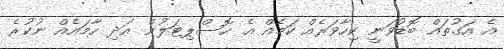
އެ އަގުތައް ބޮޑުވަނީ ކިހާވަރެއް ކަމެއް އެ ހޮސްޕިޓަލުން އަދި ހާމައެއް ނުކުރެ